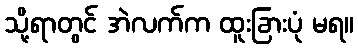
သို့ရာတွင် အဲလက်က ထူးခြားပုံ မရ။